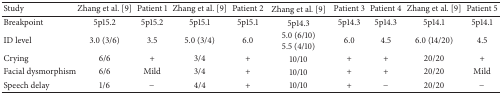
<table><thead><tr><td><b>Study</b></td><td><b> Zhang et al. [9]</b></td><td><b>Patient 1</b></td><td><b>Zhang et al. [9]</b></td><td><b>Patient 2</b></td><td><b>Zhang et al. [9]</b></td><td><b>Patient 3</b></td><td><b>Patient 4</b></td><td><b>Zhang et al. [9]</b></td><td><b>Patient 5</b></td></tr></thead><tbody><tr><td>Breakpoint</td><td>5p15.2</td><td>5p15.2</td><td>5p15.1</td><td>5p15.1</td><td>5p14.3</td><td>5p14.3</td><td>5p14.3</td><td>5p14.1</td><td>5p14.1</td></tr><tr><td>ID level</td><td>3.0 (3/6)</td><td>3.5</td><td>5.0 (3/4)</td><td>6.0</td><td>5.0 (6/10)5.5 (4/10)</td><td>6.0</td><td>4.5</td><td>6.0 (14/20)</td><td>4.5</td></tr><tr><td>Crying</td><td>6/6</td><td>+</td><td>3/4</td><td>+</td><td>10/10</td><td>+</td><td>+</td><td>20/20</td><td>+</td></tr><tr><td>Facial dysmorphism</td><td>6/6</td><td>Mild</td><td>3/4</td><td>+</td><td>10/10</td><td>+</td><td>+</td><td>20/20</td><td>Mild</td></tr><tr><td>Speech delay</td><td>1/6</td><td>−</td><td>4/4</td><td>+</td><td>10/10</td><td>+</td><td>−</td><td>20/20</td><td>−</td></tr></tbody></table>